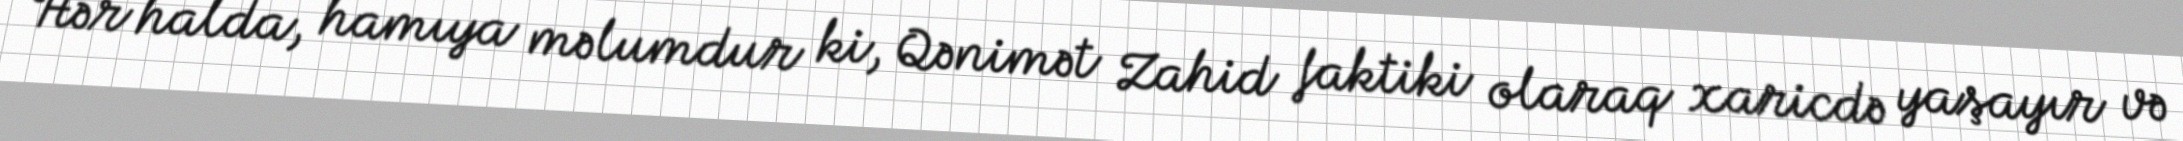
Hər halda, hamıya məlumdur ki, Qənimət Zahid faktiki olaraq xaricdə yaşayır və